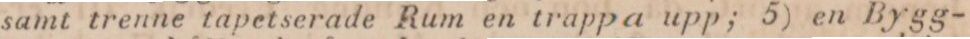
samt trenne tapetserade Rum en trappa upp; 5) en Bygg-